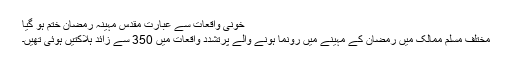
خونی واقعات سے عبارت مقدس مہینہ رمضان ختم ہو گیا
مختلف مسلم ممالک میں رمضان کے مہینے میں رونما ہونے والے پرتشدد واقعات میں 350 سے زائد ہلاکتیں ہوئی تھیں۔